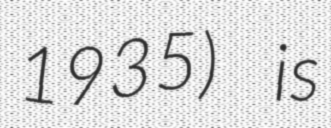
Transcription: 1935) is